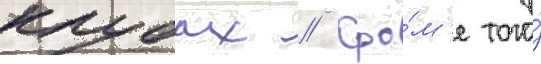
клубах // Кро́м'е того́